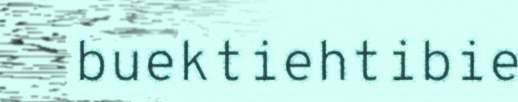
buektiehtibie